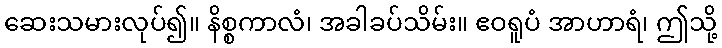
ဆေးသမားလုပ်၍။ နိစ္စကာလံ၊ အခါခပ်သိမ်း။ ဧဝရူပံ အာဟာရံ၊ ဤသို့